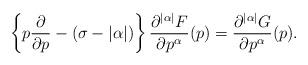
LaTeX: \begin{align*}\left\{p\frac{\partial}{\partial p}-(\sigma-|\alpha|)\right\}\frac{\partial^{|\alpha|}F}{\partial p^\alpha}(p)=\frac{\partial^{|\alpha|}G}{\partial p^\alpha}(p).\end{align*}